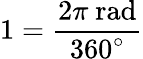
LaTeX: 1={\frac{2\pi{\mathrm{~rad}}}{360^{\circ}}}